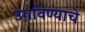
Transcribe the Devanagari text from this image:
उगविण्याचे